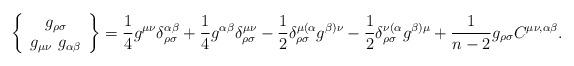
LaTeX: \begin{align*}\left\{\begin{array}{c}g_{\rho\sigma} \\ g_{\mu\nu}\ g_{\alpha\beta}\end{array}\right\}=\frac{1}{4}g^{\mu\nu}\delta^{\alpha\beta}_{\rho\sigma}+\frac{1}{4}g^{\alpha\beta}\delta^{\mu\nu}_{\rho\sigma}-\frac{1}{2}\delta^{\mu(\alpha}_{\rho\sigma}g^{\beta)\nu}-\frac{1}{2}\delta^{\nu(\alpha}_{\rho\sigma}g^{\beta)\mu}+\frac{1}{n-2}g_{\rho\sigma}C^{\mu\nu,\alpha\beta}.\end{align*}